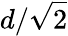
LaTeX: d/\sqrt{2}